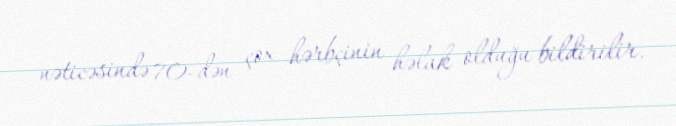
nəticəsində 70-dən çox hərbçinin həlak olduğu bildirilir.